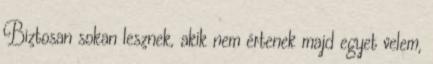
Biztosan sokan lesznek, akik nem értenek majd egyet velem,